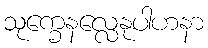
သုက္ခေနလ္လေနုပါဟနာ